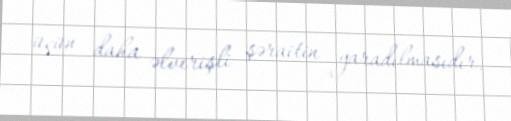
üçün daha əlverişli şəraitin yaradılmasıdır.